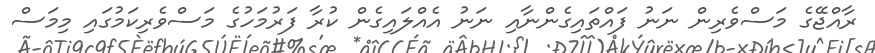
ރާއްޖޭގެ މަސްވެރިން ނަނު ފައްތައިގެންނާއި ނަނު އެއްލައިގެން ކުރާ ފަރުމަހުގެ މަސްވެރިކަމުގައި މިމަސް